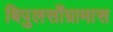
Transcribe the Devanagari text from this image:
बिपुलसोंग्रामास